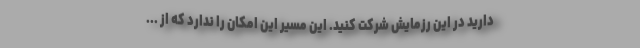
دارید در این رزمایش شرکت کنید. این مسیر این امکان را ندارد که از ...